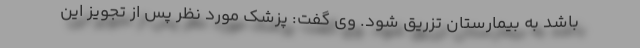
باشد به بیمارستان تزریق شود. وی گفت: پزشک مورد نظر پس از تجویز این